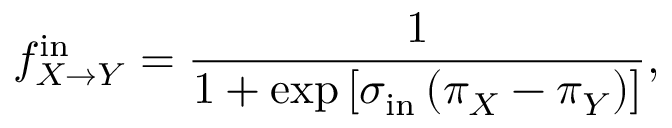
f _ { X \to Y } ^ { \mathrm { i n } } = \frac { 1 } { 1 + \exp \left[ \sigma _ { \mathrm { i n } } \left( \pi _ { X } - \pi _ { Y } \right) \right] } ,